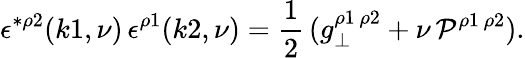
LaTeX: \epsilon^{*\rho 2}(k1,\nu)\, \epsilon^{\rho 1}(k2,\nu)=\frac{1}{2}\, (g_{\perp}^{\rho 1\, \rho 2}+\nu\, {\cal P}^{\rho 1\, \rho 2}).